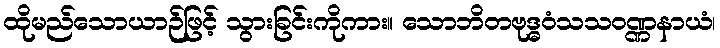
ထိုမည်သောယာဉ်ဖြင့် သွားခြင်းကိုကား။ သောဘိတဗုဒ္ဓဝံသသဝဏ္ဏနာယံ၊